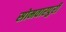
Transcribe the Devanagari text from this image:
सोमवारपुरी